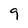
Character: 9